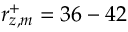
r _ { z , m } ^ { + } = 3 6 - 4 2